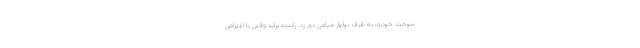
سوخت خودرو، به طرف بولوار میامی دور زد. راننده پراید وقتی با اعتراض